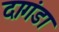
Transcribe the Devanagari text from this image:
दागंडा